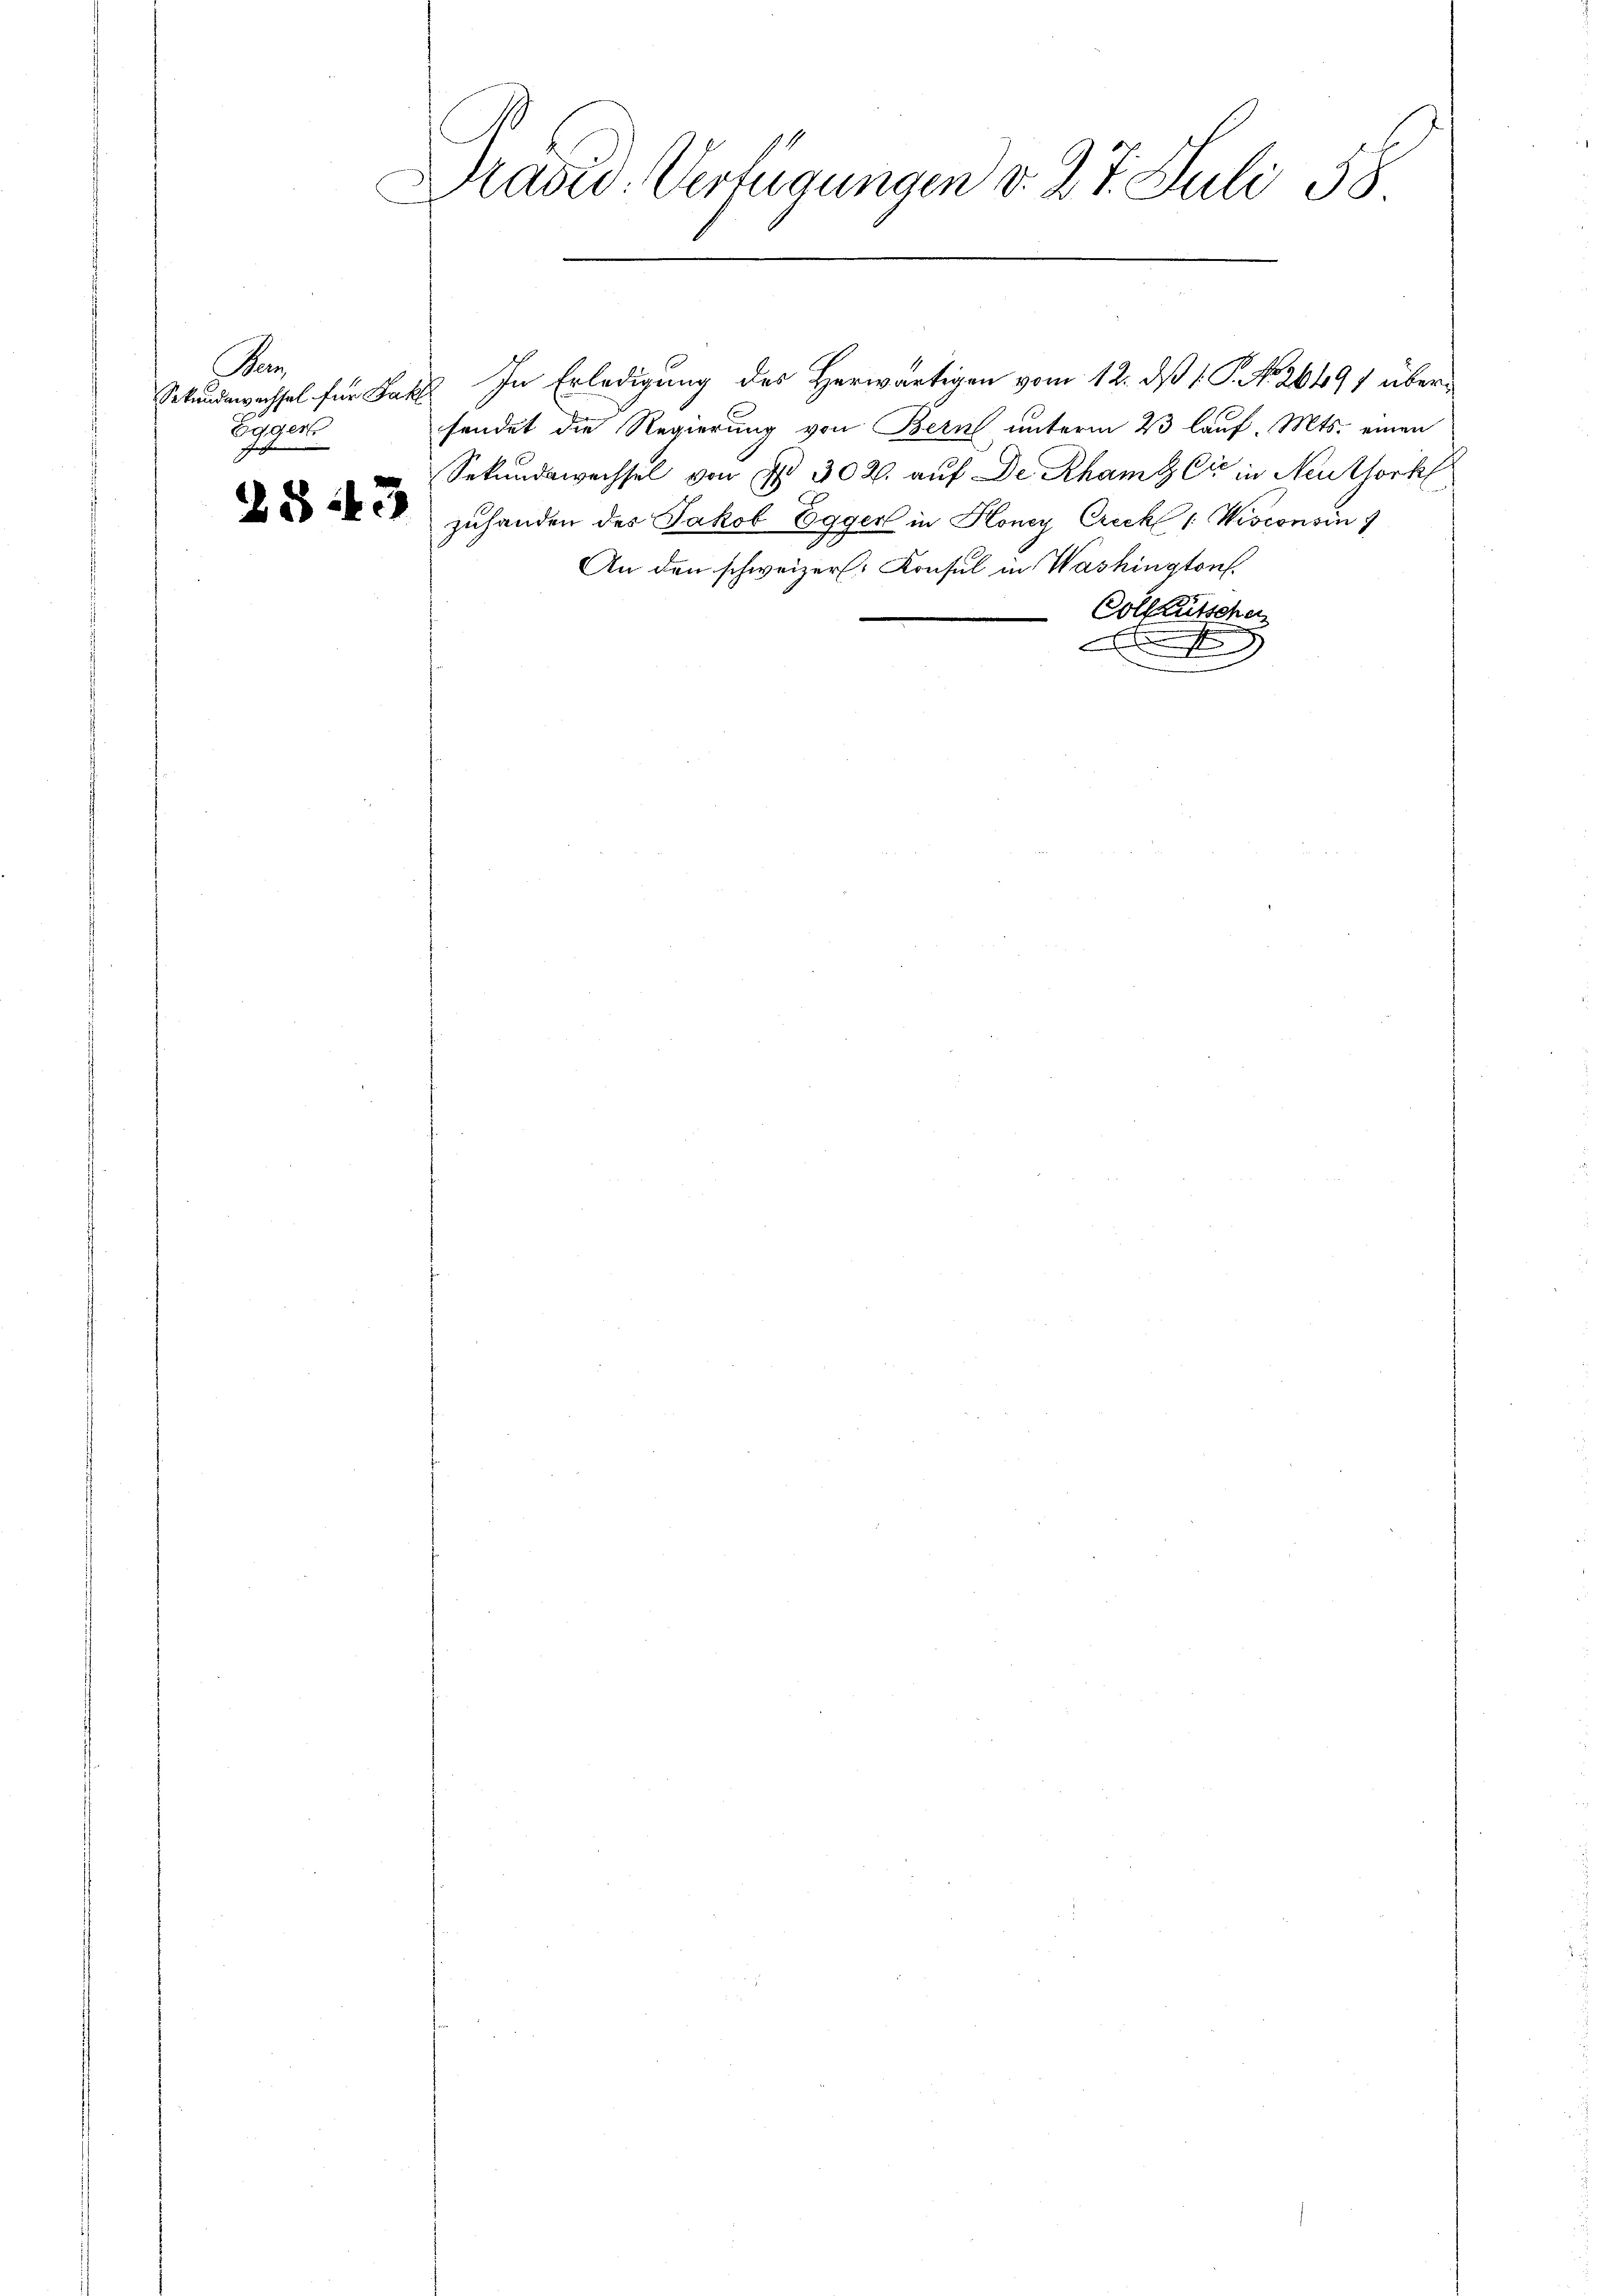
An
Egger

Z§43

1
Drad: Verfügungen v. 21. Juli 58.

Sekundewachsel für Jak. In Erledigung des Herwärtigen vom 12. ds 1. P. No 26491 übersendet die Regierung von Bern unterm 23 lauf. Mts. einen
Sekundswechsel von § 302. auf De Rham & Cie in Neuthork
zuhanden des Jakob Egger in Honey Erich 1 Wisconsin
An den schweizer. Konsul in Washingtonf.
Colkutschen
x